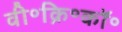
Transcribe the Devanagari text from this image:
वी॰क्रि॰कॉ॰